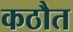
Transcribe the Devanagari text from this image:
कठौत